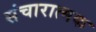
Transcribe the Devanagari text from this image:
संचारात्मक